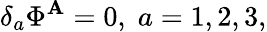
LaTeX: \delta_{a}\Phi^{\mathbf{A}}=0,\; a=1,2,3,